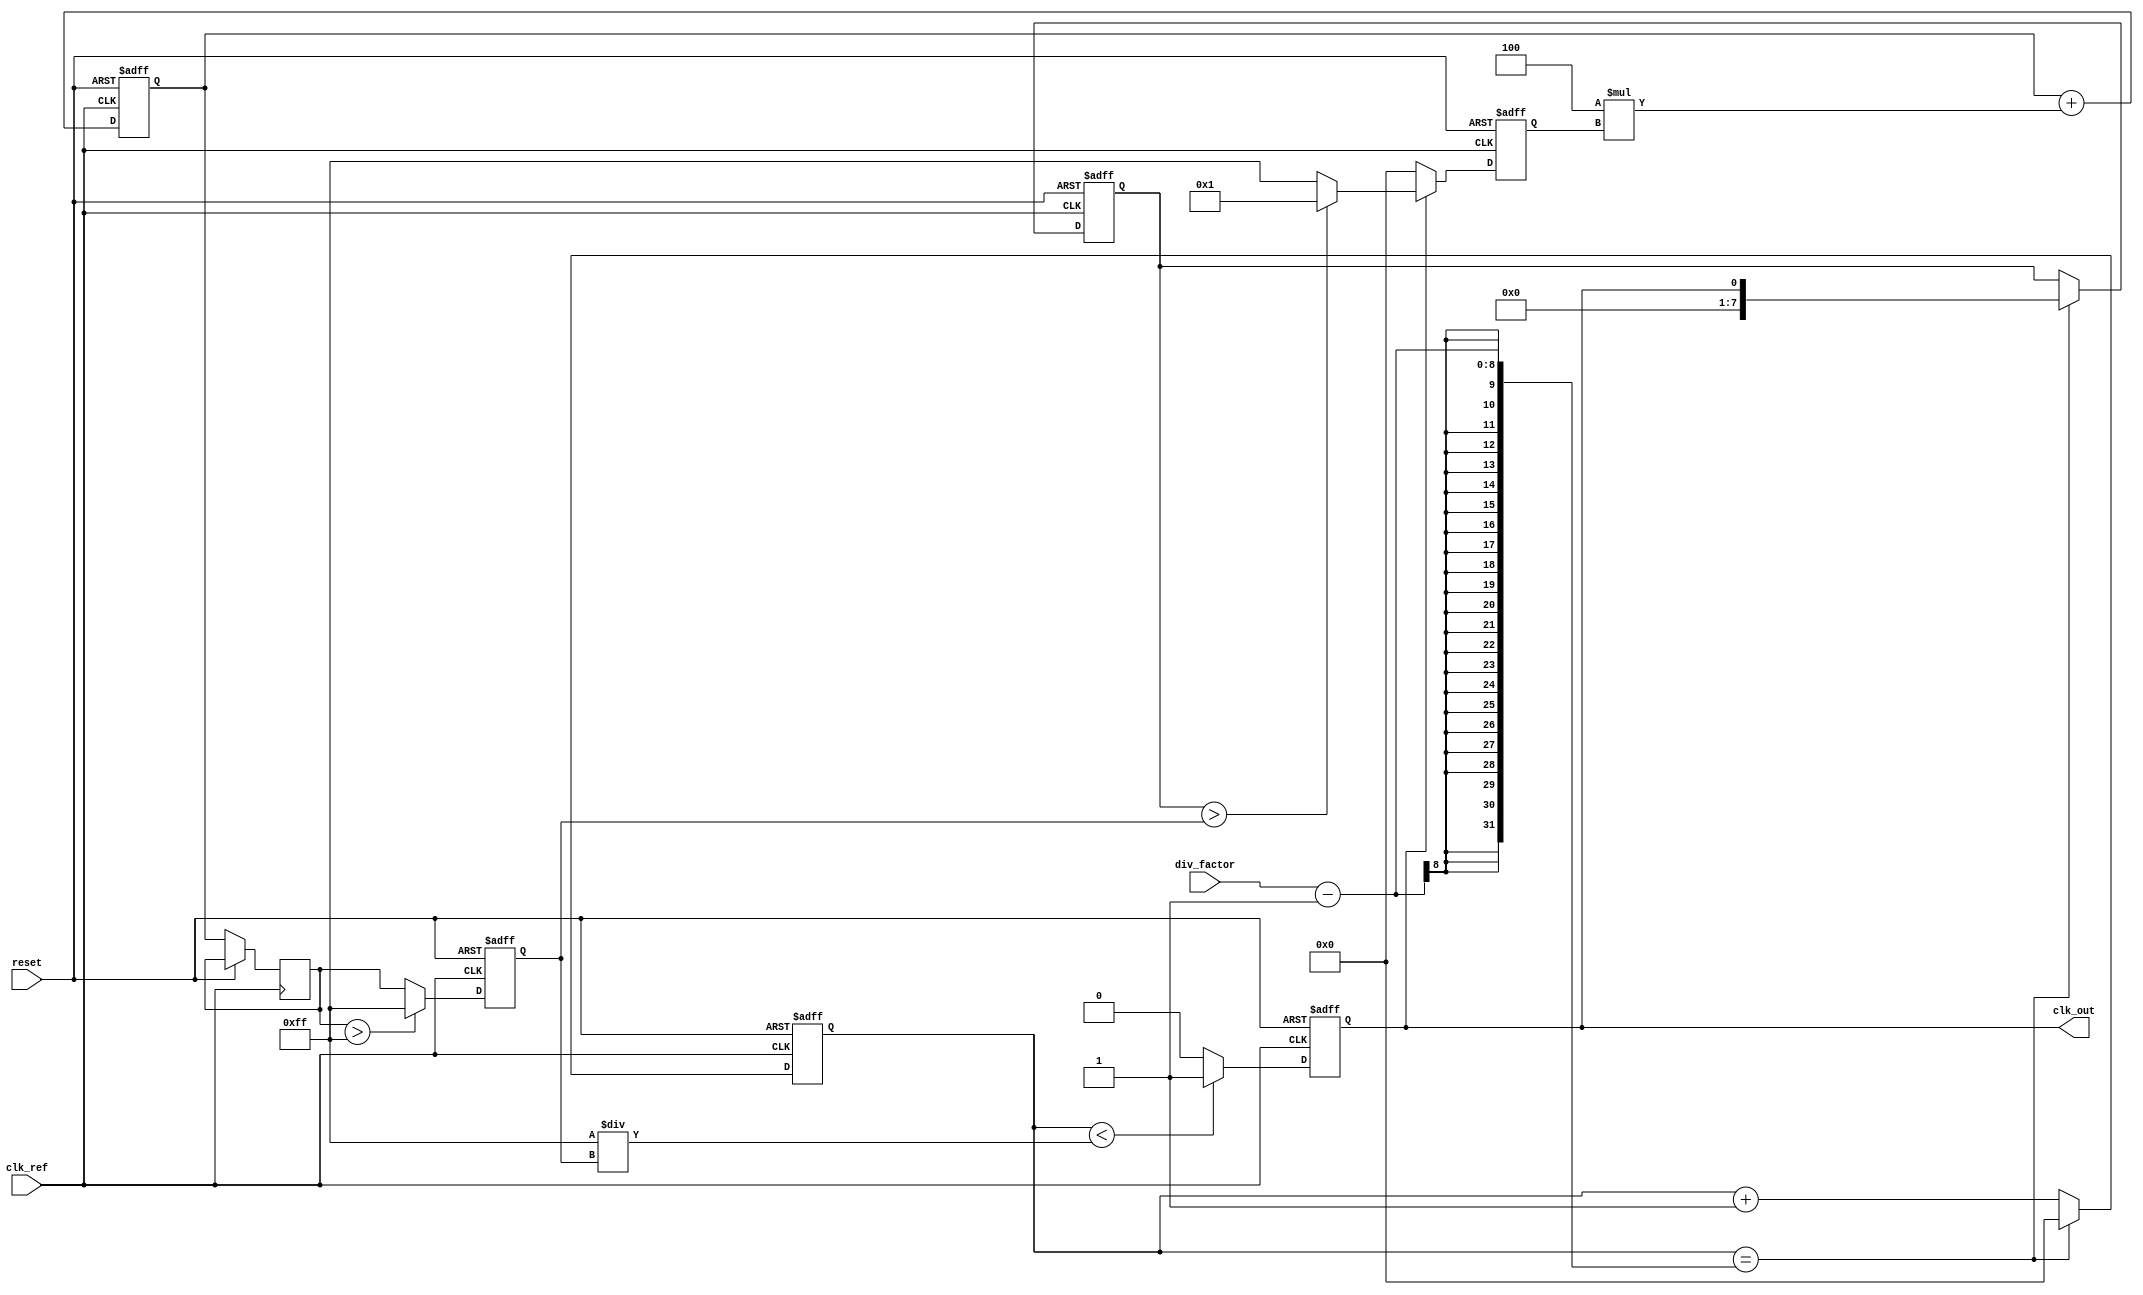
module ADPLL (
    input wire clk_ref,          // Reference clock input
    input wire reset,            // Reset signal
    input wire [N-1:0] div_factor, // Division factor for frequency divider
    output reg clk_out           // Output clock
);
    parameter N = 8;             // Width of the division factor
    parameter VCO_MAX_FREQ = 255; // Max frequency for VCO
    parameter DLF_COEFF = 4;     // Coefficient for the digital loop filter

    reg [N-1:0] vco_freq;        // Current frequency of the VCO
    reg [N-1:0] error_signal;    // Error signal from phase detector
    reg [N-1:0] control_signal;   // Control signal for VCO
    reg [N-1:0] feedback;         // Feedback from frequency divider
    reg [N-1:0] dlf_output;       // Output of the digital loop filter
    reg [N-1:0] counter;          // Counter for frequency divider

    // Phase Detector
    always @(posedge clk_ref or posedge reset) begin
        if (reset) begin
            error_signal <= 0;
        end else begin
            // Simple phase comparison logic (to be refined)
            if (clk_out) begin
                error_signal <= (feedback > vco_freq) ? 1 : -1; // Phase error
            end else begin
                error_signal <= 0;
            end
        end
    end

    // Digital Loop Filter (simple IIR filter)
    always @(posedge clk_ref or posedge reset) begin
        if (reset) begin
            dlf_output <= 0;
        end else begin
            dlf_output <= dlf_output + (DLF_COEFF * error_signal); // Simple IIR update
            control_signal <= dlf_output; // Control signal for VCO
        end
    end

    // Frequency Divider
    always @(posedge clk_ref or posedge reset) begin
        if (reset) begin
            counter <= 0;
            feedback <= 0;
        end else begin
            if (counter == div_factor - 1) begin
                feedback <= clk_out; // Feedback the divided clock
                counter <= 0;
            end else begin
                counter <= counter + 1;
            end
        end
    end

    // Voltage-Controlled Oscillator (VCO)
    always @(posedge clk_ref or posedge reset) begin
        if (reset) begin
            vco_freq <= 0;
            clk_out <= 0;
        end else begin
            // Adjust VCO frequency based on control signal
            if (control_signal > VCO_MAX_FREQ) begin
                vco_freq <= VCO_MAX_FREQ; // Limit to max frequency
            end else begin
                vco_freq <= control_signal; // Update VCO frequency
            end
            
            // Generate output clock based on VCO frequency
            clk_out <= (counter < (VCO_MAX_FREQ / vco_freq)) ? 1 : 0; // Simple clock generation
        end
    end

endmodule